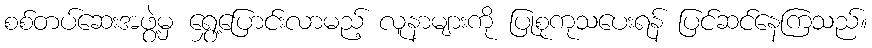
စစ်တပ်ဆေးအဖွဲ့မှ ရွှေ့ပြောင်းလာမည့် လူနာများကို ပြုစုကုသပေးရန် ပြင်ဆင်နေကြသည်။